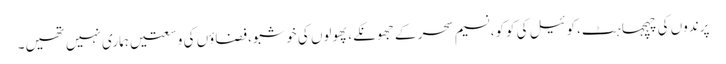
پرندوں کی چہچہاہٹ،کوئیل کی کوکو،نسیم سحر کے جھونکے،پھولوں کی خوشبو،فضاؤں کی وسعتیں ہماری نہیں تھیں۔